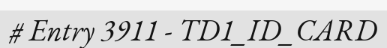
# Entry 3911 - TD1_ID_CARD